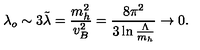
\lambda _ { o } \sim 3 \tilde { \lambda } = { \frac { m _ { h } ^ { 2 } } { v _ { B } ^ { 2 } } } = { \frac { 8 \pi ^ { 2 } } { 3 \ln { \frac { \Lambda } { m _ { h } } } } } \to 0 .